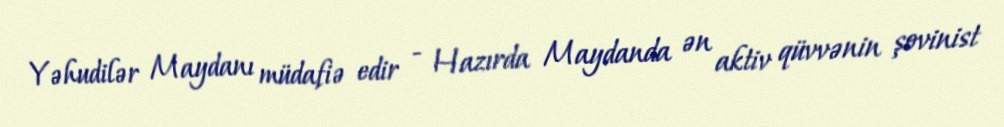
Yəhudilər Maydanı müdafiə edir - Hazırda Maydanda ən aktiv qüvvənin şovinist